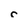
Character: e